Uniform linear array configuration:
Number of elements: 24
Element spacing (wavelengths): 1
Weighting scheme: cosine
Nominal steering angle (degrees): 45
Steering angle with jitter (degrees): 43.457
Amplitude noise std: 0.05
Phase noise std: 0.05

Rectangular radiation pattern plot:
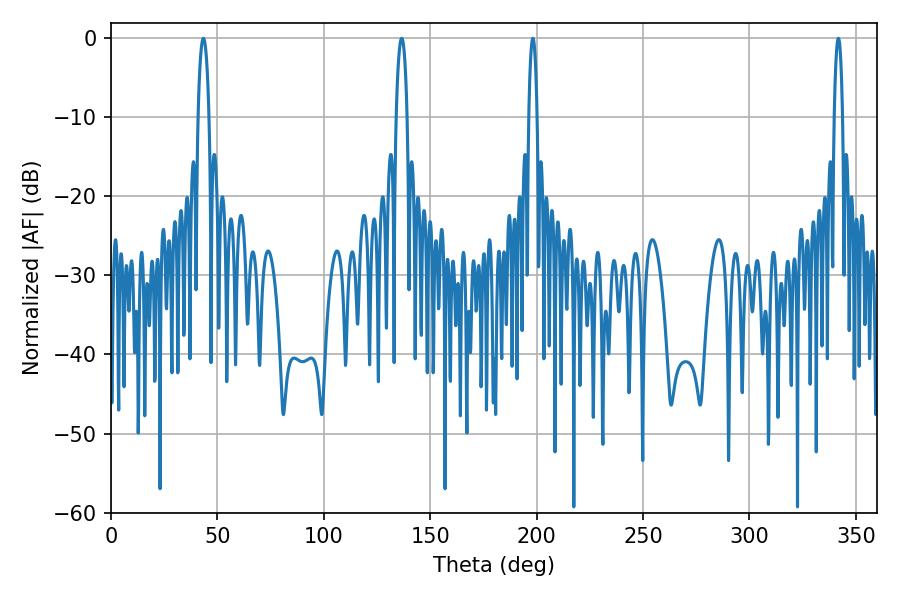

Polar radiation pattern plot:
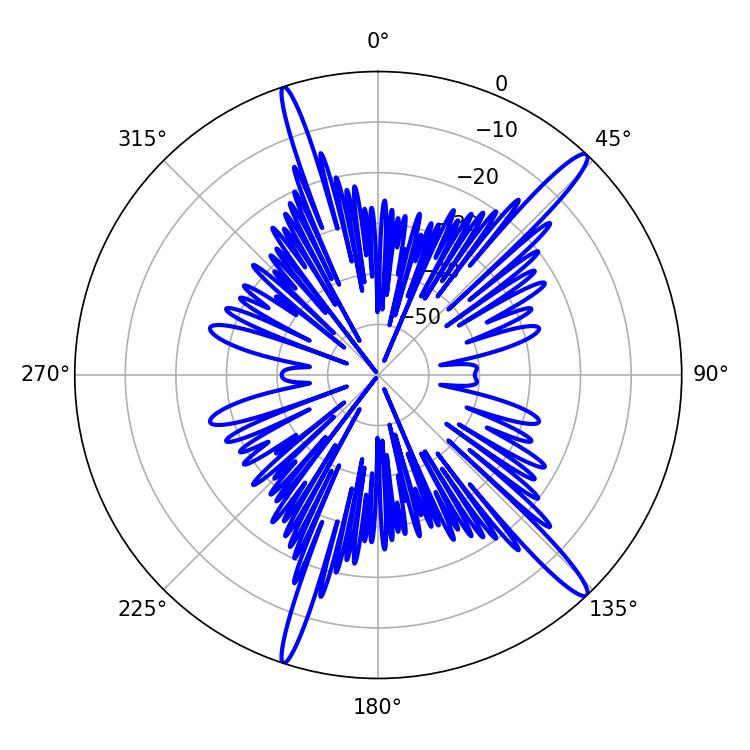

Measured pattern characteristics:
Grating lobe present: TRUE
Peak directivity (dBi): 15.917
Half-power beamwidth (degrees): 2.88
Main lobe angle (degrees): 43.38